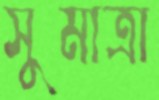
সুমাত্রা